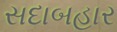
સદાબહાર